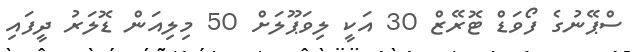
ސްޕޭނުގެ ފޯވަޑް ޓޮރޭޒް 30 އަކީ ލިވަޕޫލަށް 50 މިލިއަން ޑޮލަރު ދީފައި